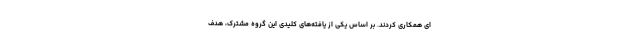
ای همکاری کردند. بر اساس یکی از یافته‌های کلیدی این گروه مشترک، هدف